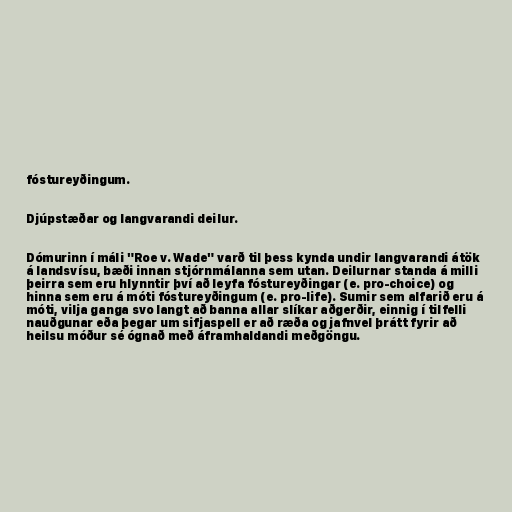
fóstureyðingum.

Djúpstæðar og langvarandi deilur.

Dómurinn í máli "Roe v. Wade" varð til þess kynda undir langvarandi átök
á landsvísu, bæði innan stjórnmálanna sem utan. Deilurnar standa á milli
þeirra sem eru hlynntir því að leyfa fóstureyðingar (e. pro-choice) og
hinna sem eru á móti fóstureyðingum (e. pro-life). Sumir sem alfarið eru á
móti, vilja ganga svo langt að banna allar slíkar aðgerðir, einnig í tilfelli
nauðgunar eða þegar um sifjaspell er að ræða og jafnvel þrátt fyrir að
heilsu móður sé ógnað með áframhaldandi meðgöngu.